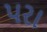
પરા